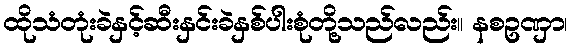
ထိုသံတုံးခဲနှင့်ဆီးနှင်းခဲနှစ်ပါးစုံတို့သည်လည်း။ နစဥဏှာ၊